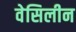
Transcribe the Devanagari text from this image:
वेसिलीन